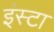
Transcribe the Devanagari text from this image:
इंस्टा